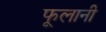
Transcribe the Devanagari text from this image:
फूलानी